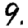
Digit: 9